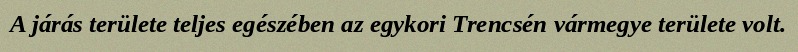
A járás területe teljes egészében az egykori Trencsén vármegye területe volt.